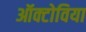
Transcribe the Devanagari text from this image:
ऑक्टोविया